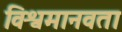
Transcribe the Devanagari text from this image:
विश्वमानवता